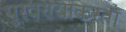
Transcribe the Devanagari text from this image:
पुरवण्याकरता